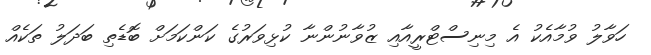
ހަވާލު ވުމާއެކު އެ މިނިސްޓްރީއާއި ޒުވާނުންނާ ކުޅިވަރުގެ ކަންކަމަށް ބޮޑެތި ބަދަލު ތަކެއް